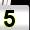
Digit: 5